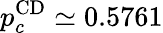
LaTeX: p_{c}^{\mathrm{CD}}\simeq 0.5761